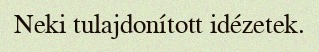
Neki tulajdonított idézetek.